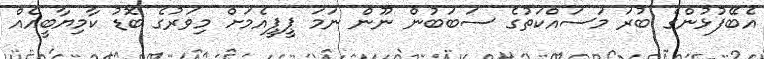
އެބޭފުޅުންގެ ބުރަ މަސައްކަތުގެ ސަބަބުން ނޫން ނަމަ ޕީޕީއެމަށް މިވަރުގެ ބޮޑު ކާމިޔާބީއެއް